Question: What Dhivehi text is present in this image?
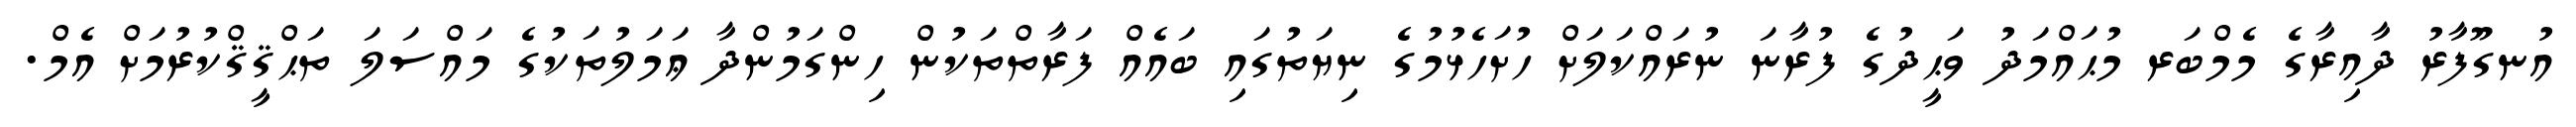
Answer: އުނގޫފާރު ދާއިރާގެ މެމްބަރ މުޙައްމަދު ވަޙީދުގެ ފުރާނަ ނުރައްކަލަށް ހުށަހެޅުމުގެ ނިޔަތުގައި ބައެއް ފަރާތްތަކުން ހިންގަމުންދާ ޢަމަލުތަކުގެ މައްސަލަ ތަޙްޤީޤްކުރުމަށް އެމް.